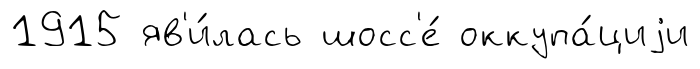
1915 яв'и́лась шосс'е́ оккупа́циjи